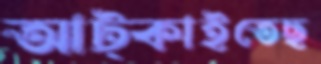
আট্‌কাইতেছ